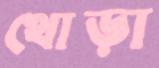
থোড়া